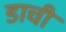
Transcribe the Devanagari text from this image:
डाची